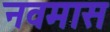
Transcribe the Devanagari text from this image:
नवमास